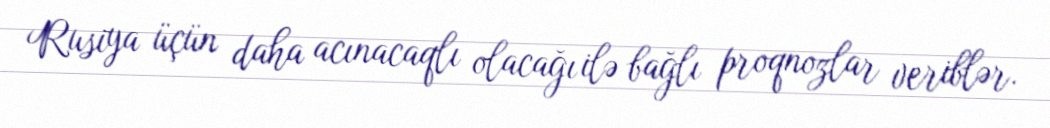
Rusiya üçün daha acınacaqlı olacağı ilə bağlı proqnozlar veriblər.